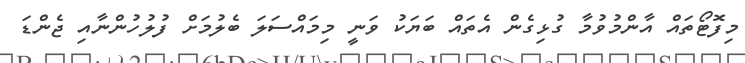
މިފޮޓޯތައް އާންމުވުމާ ގުޅިގެން އެތައް ބަޔަކު ވަނީ މިމައްސަލަ ބެލުމަށް ފުލުހުންނާއި ޖެންޑަ